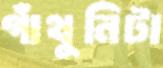
গাঁথুনিটা